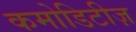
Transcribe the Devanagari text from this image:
कमोडिटीज़